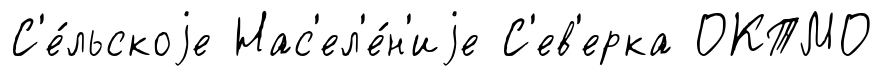
С'е́льскоjе Нас'ел'е́н'иjе С'ев'ерка ОКТМО